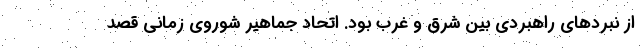
از نبردهای راهبردی بین شرق و غرب بود. اتحاد جماهیر شوروی زمانی قصد